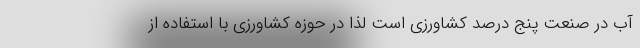
آب در صنعت پنج درصد کشاورزی است لذا در حوزه کشاورزی با استفاده از